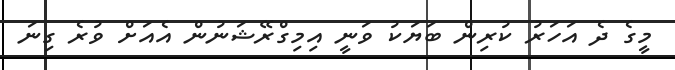
މީގެ ދެ އަހަރު ކުރިން ބަޔަކު ވަނީ އިމިގްރޭޝަނުން އެއަށް ވުރެ ގިނަ